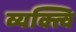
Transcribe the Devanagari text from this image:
व्यक्त्वि